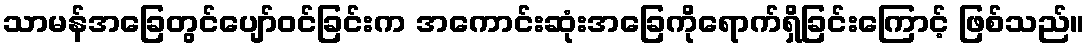
သာမန်အခြေတွင်ပျော်ဝင်ခြင်းက အကောင်းဆုံးအခြေကိုရောက်ရှိခြင်းကြောင့် ဖြစ်သည်။